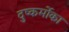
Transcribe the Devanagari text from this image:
दुष्कर्मोका